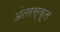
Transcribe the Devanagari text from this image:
अंतरस्कूल